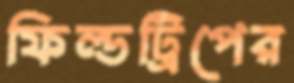
ফিল্ডট্রিপের